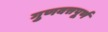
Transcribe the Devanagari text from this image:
गुणवत्तपूर्ण